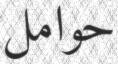
حوامل